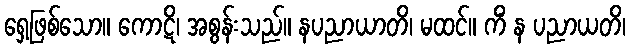
ရှေ့ဖြစ်သော။ ကောဋိ၊ အစွန်းသည်။ နပညာယာတိ၊ မထင်။ ကိံ န ပညာယတိ၊